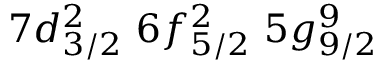
7 d _ { 3 / 2 } ^ { 2 } \, \, 6 f _ { 5 / 2 } ^ { 2 } \, \, 5 g _ { 9 / 2 } ^ { 9 }